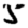
Digit: 5